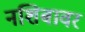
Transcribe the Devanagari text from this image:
नशिबावर